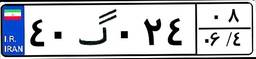
۴۰گ۰۲۴۰۸